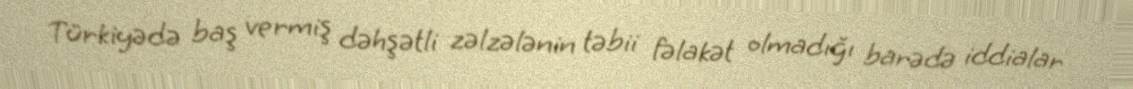
Türkiyədə baş vermiş dəhşətli zəlzələnin təbii fəlakət olmadığı barədə iddialar